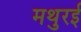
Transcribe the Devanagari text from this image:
मथुरई